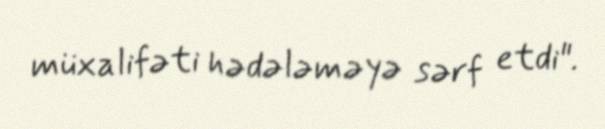
müxalifəti hədələməyə sərf etdi".